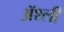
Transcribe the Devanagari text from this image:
ॲश्ली